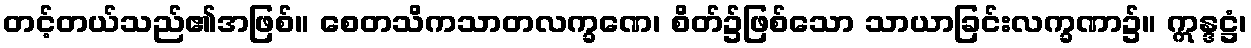
တင့်တယ်သည်၏အဖြစ်။ စေတသိကသာတလက္ခဏေ၊ စိတ်၌ဖြစ်သော သာယာခြင်းလက္ခဏာ၌။ ဣန္ဒဋ္ဌံ၊